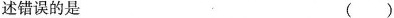
述错误的是 ()